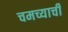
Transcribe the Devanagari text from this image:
चमच्याची